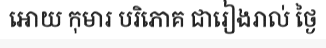
អោយ កុមារ បរិភោគ ជារៀងរាល់ ថ្ងៃ